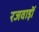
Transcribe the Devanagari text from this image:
रजवाड़ॊं